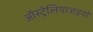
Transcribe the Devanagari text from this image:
ऑस्ट्रेलियाजइयों